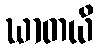
ဃာတယိ